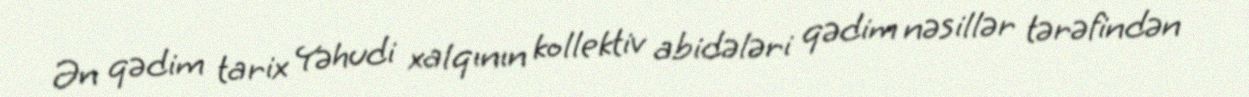
Ən qədim tarix Yəhudi xalqının kollektiv abidələri qədim nəsillər tərəfindən